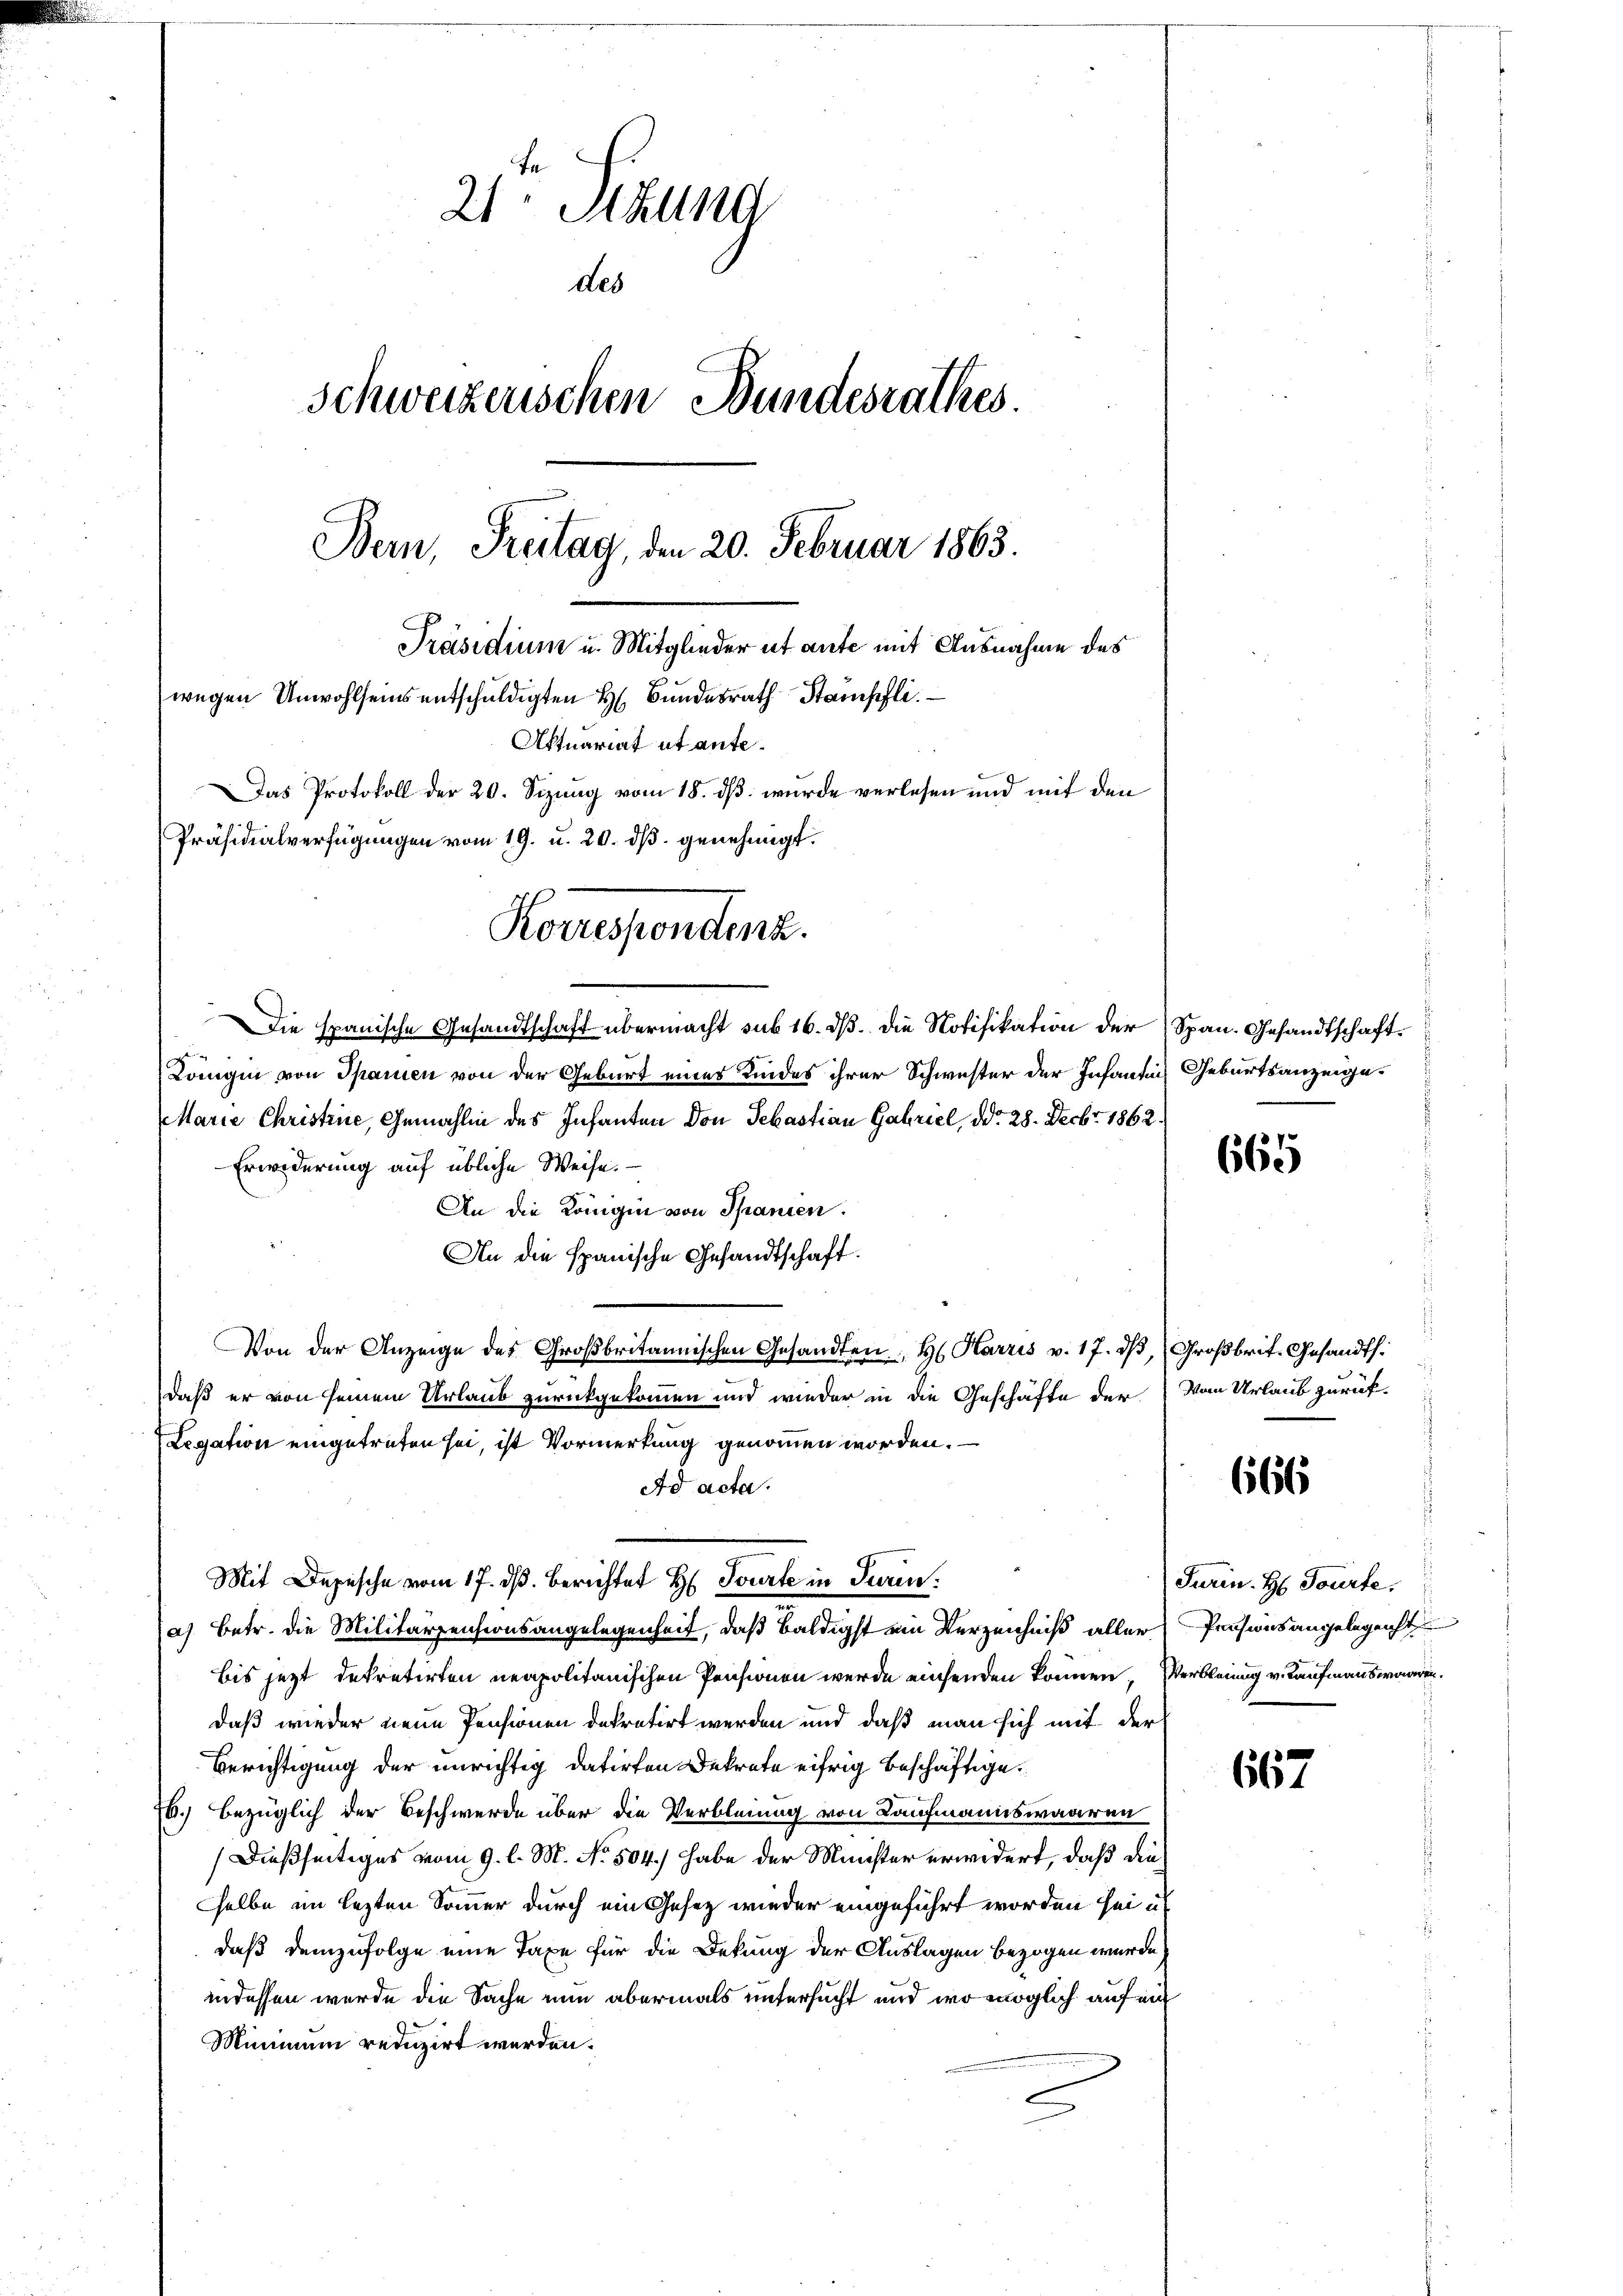
21 Stund
des
Schweizerischen Bundesrathes.
Bern, Freitag, den 20. Februar 1863.
Präsidium u. Mitglieder ut ante mit Ausnahme des
wegen Unwohlseins entschuldigten H. Bundesrath Stampfli
Aftuariat utante.
Das Protokoll der 20. Sizung vom 18. ds. wurde verlesen und mit den
Präsidialverfügungen vom 19. u. 20. ds. genehmigt.

Korrespondenz.

Die spanische Gesandtschaft übermacht sub 16. dß. Die Notifikation der Span. Gesandtschaft
Königin von Spanien von der Geburt eines Kindes ihrer Schwester der Infantin Geburtsanzeige
Marie Christrie, Gemahlin des Infanten von Sebastian Gabriel, d. 28. Decbr. 1862.
Erwiderung auf übliche Weise.
An die Königin von Spanien.
An die spanische Gesandtschaft.
Von der Anzeige des Großbritannischen Gesandten, H. Harris v. 17. dβ, Großbrit. Gesandth.
daß er von seinem Urlaub zurückgekommen und wieder in die Geschäfte der von Urlaub zurück-
Legation eingetreten sei, ist Vormerkung genommen worden.
Ad acta.
Mit Depesche vom 17. ds. berichtet H. Tourte in Turina) betr. die Militärzensionsangelegenheit, daß baldigst ein Verzeichniß aller Pensionsangelegenst
bis jezt dekretirten neapolitanischen Pensionen werde einsenden können, Verbleiung v. Kaufmannswaaren.
daß wieder neue Pensionen dekretirt werden und daß man sich mit der
Berichtigung der unrichtig datirten Dekrete eifrig beschäftige.
I.) bezüglich der Beschwerde über die Verbleiung von Kaufmannswaaren
Dießseitiges vom 9. l. M. No. 504.) habe der Minister erwidert, daß dies
selbe im lezten Sommer durch ein Gesez wieder eingeführt worden sei u.
daß demzufolge eine Taxe für die Dekung der Auslagen bezogen wurde,
indessen wurde die Sache nun abermals untersucht und wo möglich auf ein
Minimum reduzirt werden.

665

666

Turin. H. Tourte

667